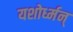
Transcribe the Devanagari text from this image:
यशोर्ध्मन्